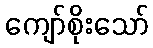
ကျော်စိုးသော်